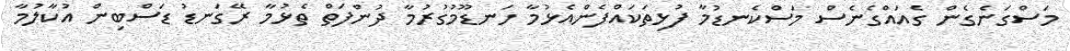
މަސްގަނެގެން ގެއައްގެނެސް މަސްކެނޑުމާ ފުޅިތަކައްފެންއެޅުމާ ހަނޑޫމުގުރުމާ ދުންފަތް ތެޅުމާ ރޭގަނޑު ޑަސްބިން އުކާލުމާ